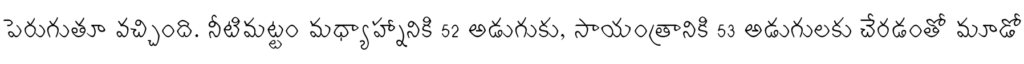
పెరుగుతూ వచ్చింది. నీటిమట్టం మధ్యాహ్నానికి 52 అడుగుకు, సాయంత్రానికి 53 అడుగులకు చేరడంతో మూడో